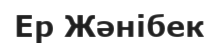
Ер Жәнібек